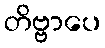
တိဗ္ဗာပေ